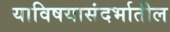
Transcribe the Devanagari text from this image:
याविषयासंदर्भातील